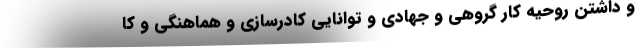
و داشتن روحیه کار گروهی و جهادی و توانایی کادرسازی و هماهنگی و کا